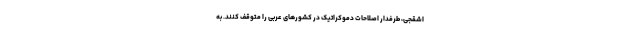
اشقجی، طرفدار اصلاحات دموکراتیک در کشورهای عربی را متوقف کنند. به